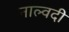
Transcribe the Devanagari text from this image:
नाल्वदी